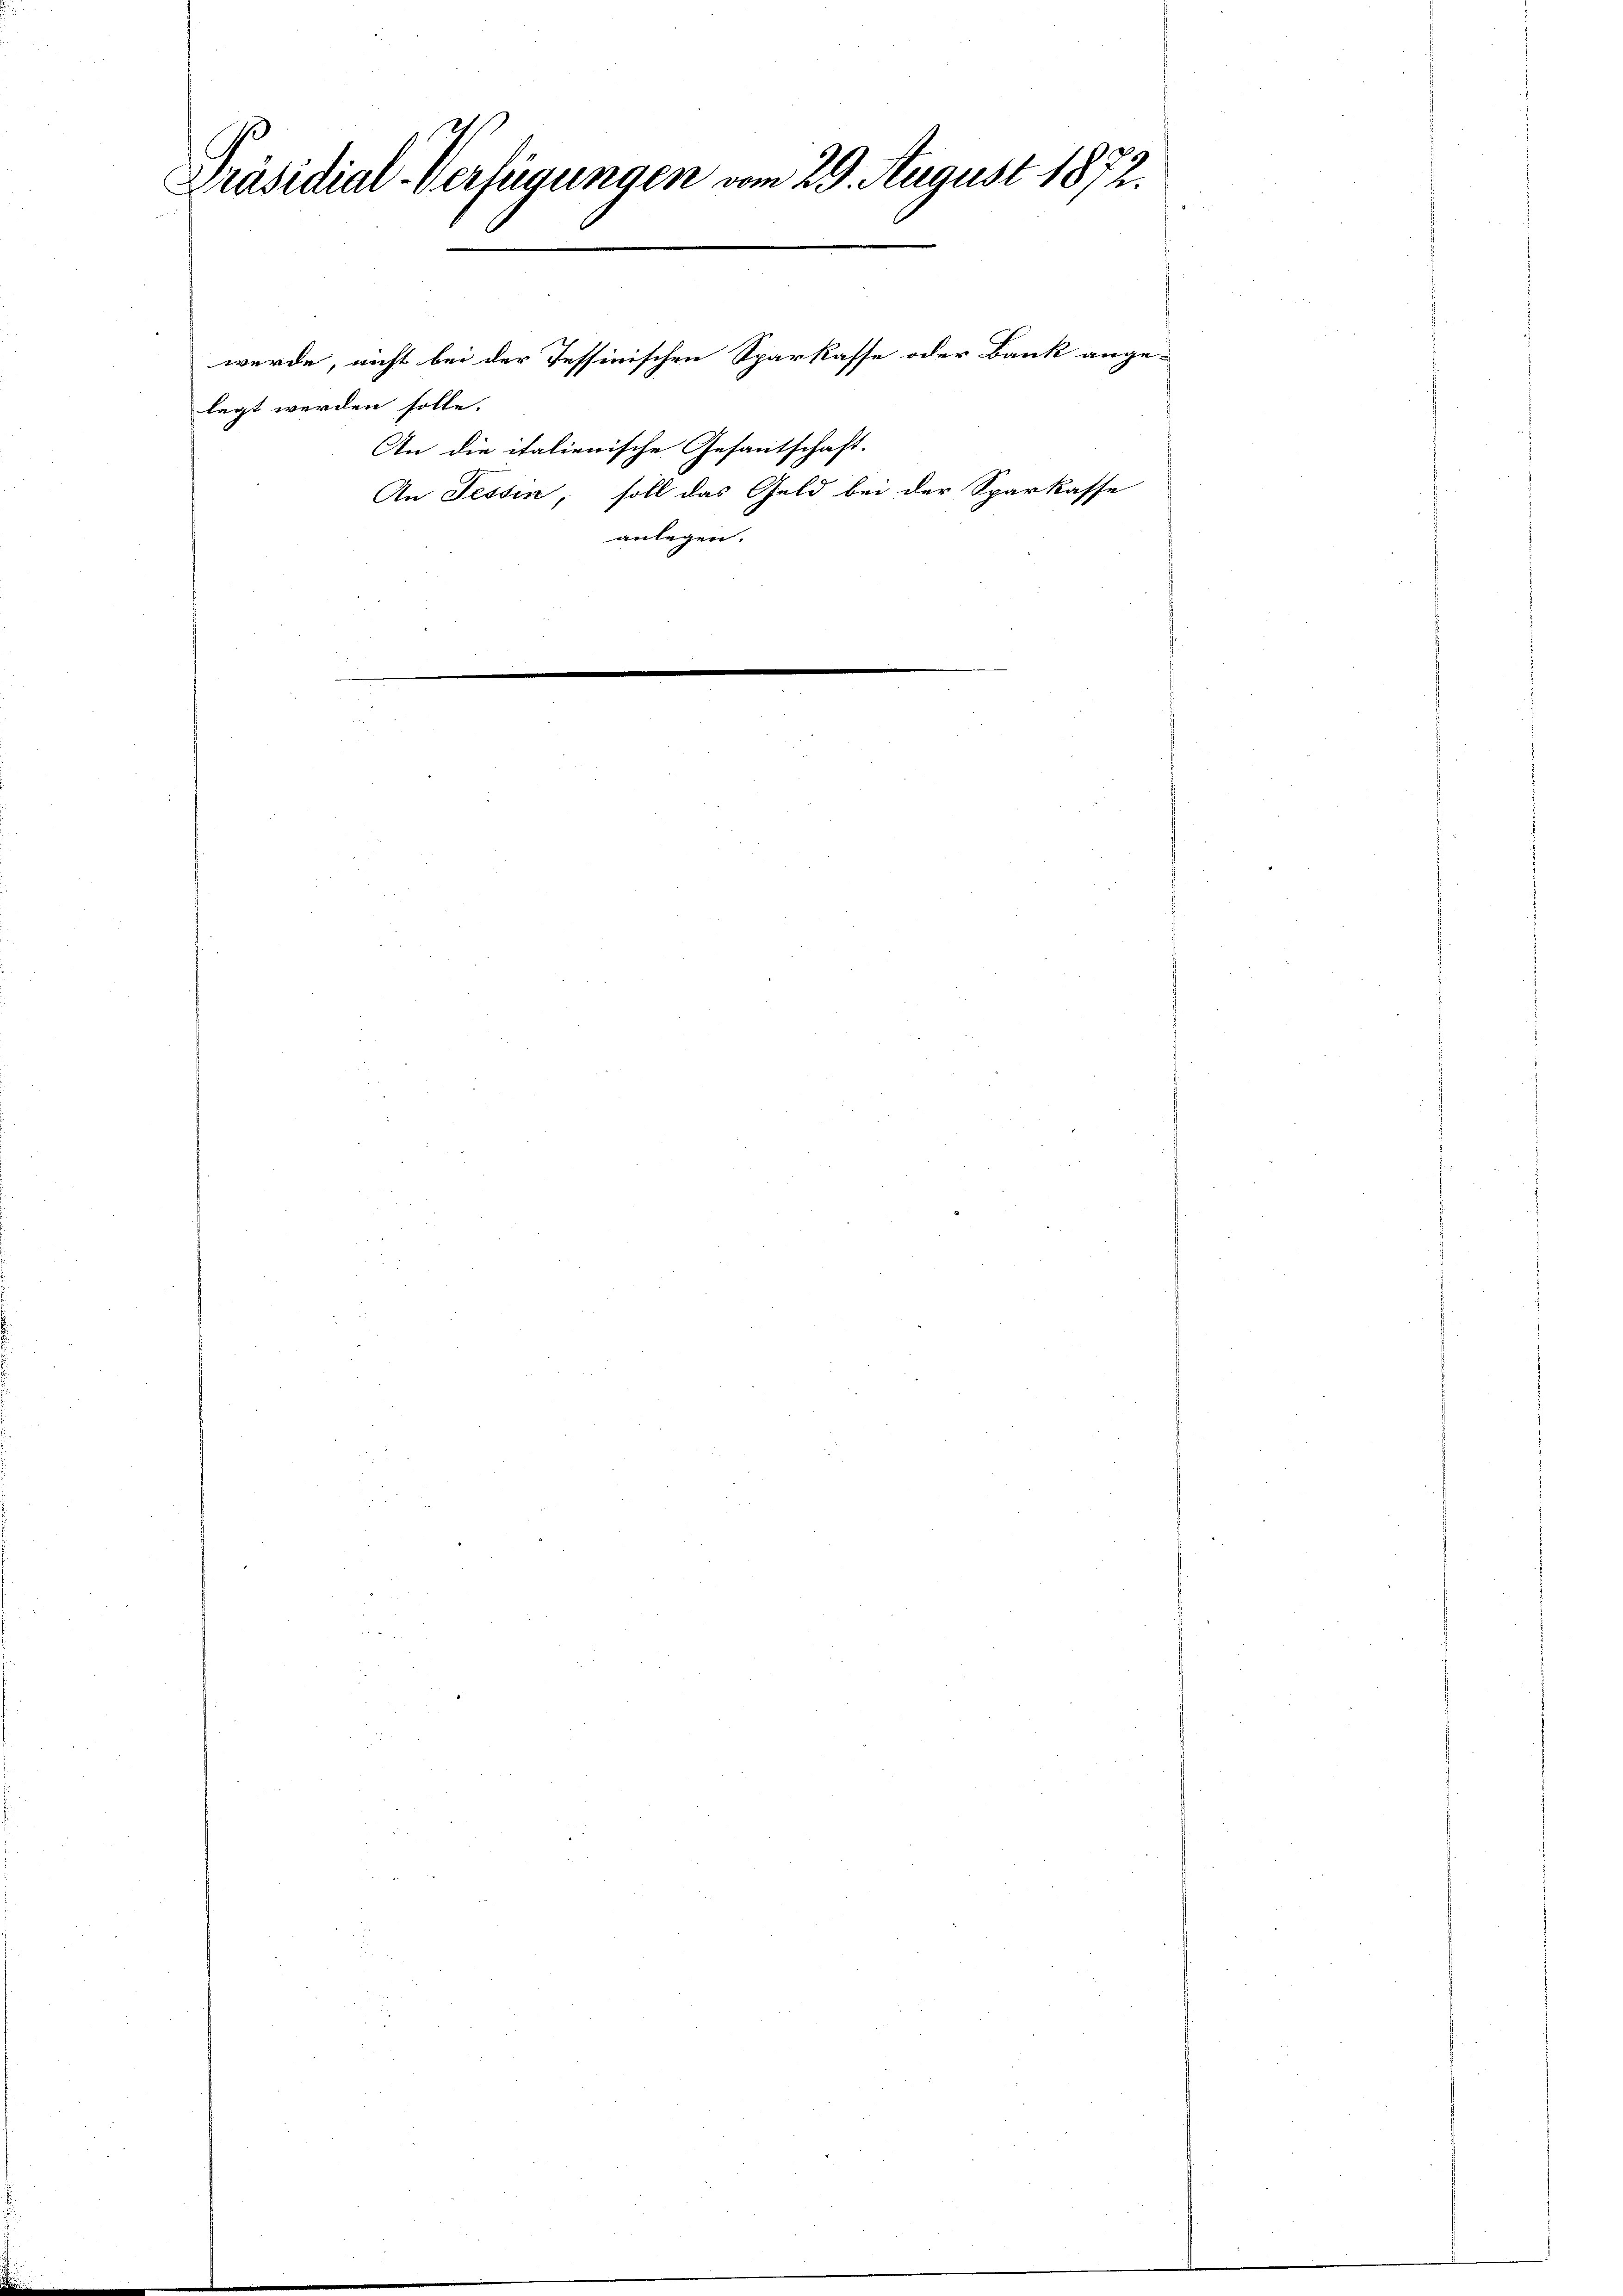
Präsidial-Verfügungen vom 29. August 1872.

werde, nicht bei der Tessinischen Sparkasse oder Bank ange-
legt werden solle.
An die italienische Gesantschaft.
An Tessin, soll das Geld bei der Sparkasse
anlegen.